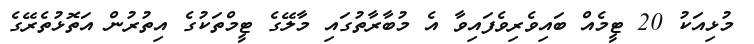
މުޅިއަކު 20 ޓީމެއް ބައިވެރިވެފައިވާ އެ މުބާރާތުގައި މާލޭގެ ޓީމްތަކުގެ އިތުރުން އަތޮޅުތެރޭގެ